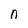
Character: n